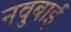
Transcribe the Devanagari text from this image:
नवुबाई